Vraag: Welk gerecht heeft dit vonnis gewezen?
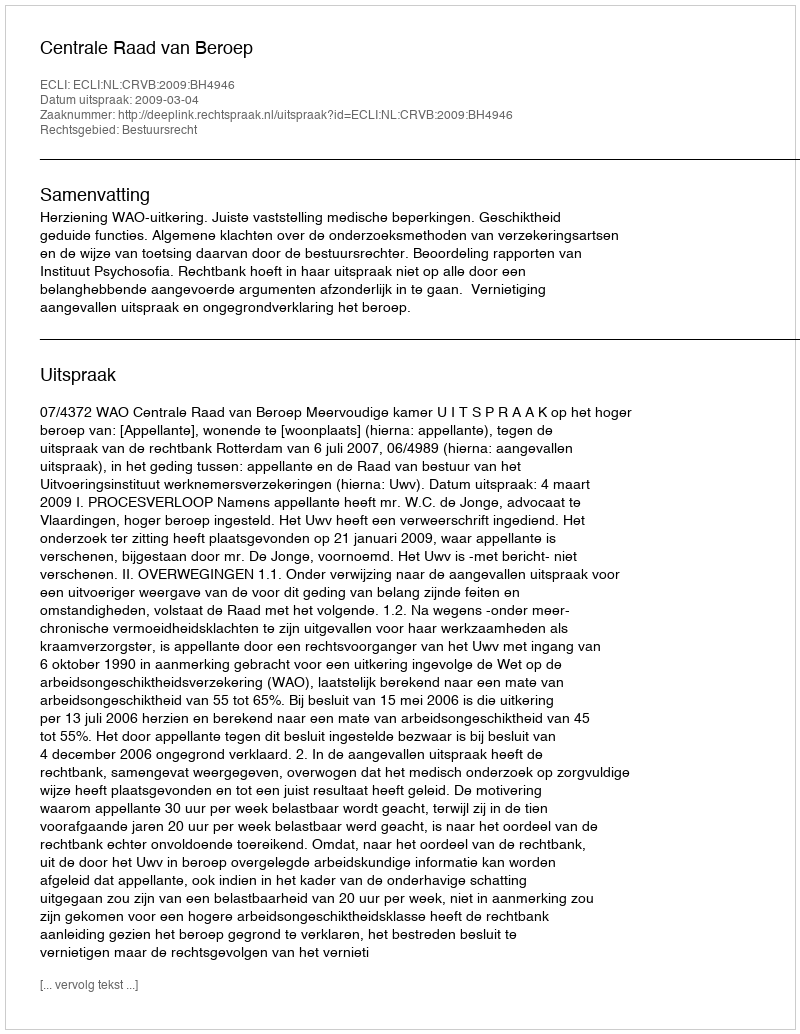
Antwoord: Centrale Raad van Beroep